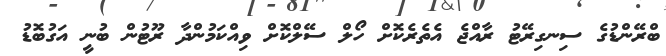
ބްރޭންޑުގެ ސިނގިރޭޓު ރާއްޖެ އެތެރެކޮށް ހޯލް ސޭލްކޮށް ވިއްކަމުންދާ ރޫޓުން ބުނީ އަގުބޮޑު